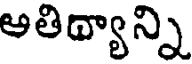
అతిథ్యాన్ని